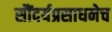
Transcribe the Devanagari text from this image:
सौंदर्यप्रसाधनेच